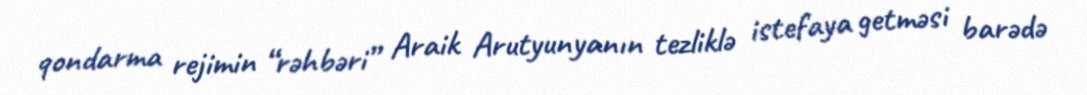
qondarma rejimin “rəhbəri” Araik Arutyunyanın tezliklə istefaya getməsi barədə